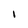
Character: I